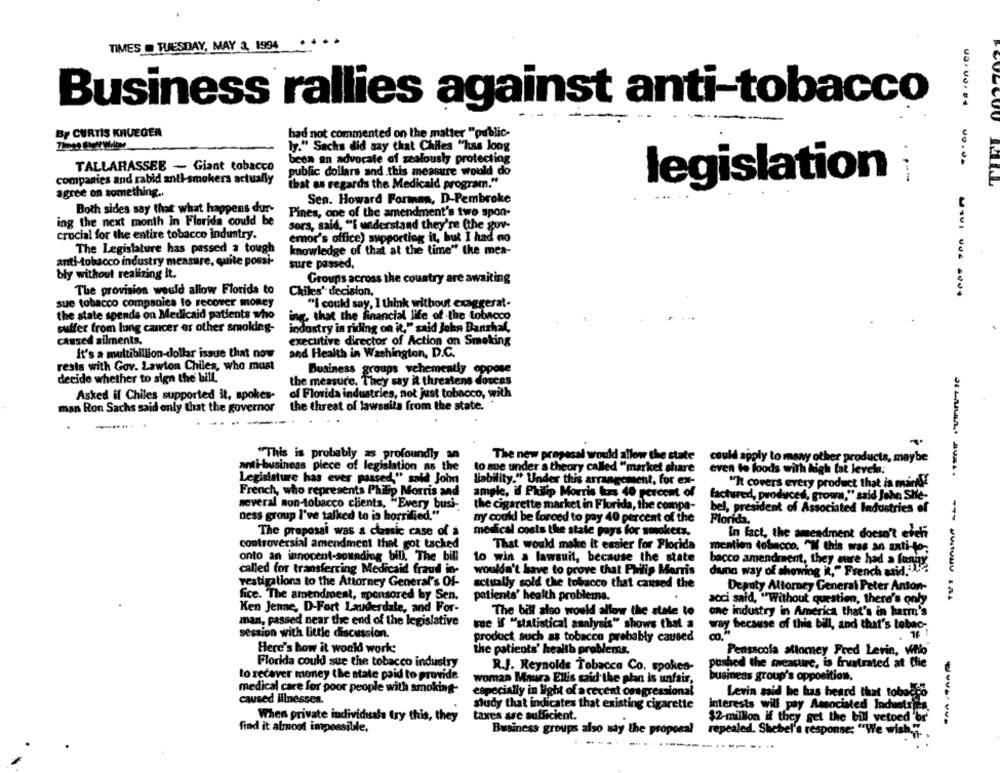
TIMES @ TUESDAY, MAY 3, 1994
Business rallies against anti-tobacco
By CURTIS KRUEGER
had not commented on the matter "public-
ly." Sachs did say that Chiles "has long
been an advocate of zealoushy protecting
TALLAHASSEE - Giant tobacco
companies and rabid anti-smokers actually
public dollars and.this measure would do
that as regards the Medicald program."
legislation
agree on something ..
BOULCOU MEAL
Sen. Howard Forman, D-Pembroke
Both sides say that what happens dur-
Pines, one of the amendment's two spon-
ing the next month in Florida could be
Sors, said, "I understand they're (the guv-
crucial for the entire tobacco industry.
emor's office) supporting it, but I had no
The Legislature has passed a tough
knowledge of that at the time" the mea-
anti-tobacco industry measure, quite possi-
sure passed,
bly without realizing it.
Groups across the country are awaiting
The provision would allow Florida to
Chiles' decision,
US ...... ..... .... ... ....
sue tobacco companies to recover money
"I could say, I think without exaggerat-
the state spends on Medicaid patients who
ing, that the financial life of the tobacco
suffer from lung cancer or other smoking-
industry is riding on it," said John Banzhal,
caused ailments.
executive director of Action on Smoking
It's a multibillion dollar issue that now
and Health in Washington, D.C.
rests with Gov. Lawton Chiles, who must
Business groups vehemently oppose
decide whether to sign the bill.
the measure, They say it threatens dorens
of Florida industries, not just tobacco, with
Asked il Chiles supported it, spokes-
man Ron Sachs said only that the governor
the threat of lawsuita from the state.
"This is probably as profoundly an
The new prapesal would allow the state
could apply to many other products, maybe
anti-business piece of legislation as the
to sue under a theory called "market share
even to loods with high fat levels:
Legislature has ever passed," said John
liability." Under this arrangement, for ex-
"It covers every product that is mir!
French, who represents Philip Morris and
ample, if Philip Morris kas 40 percent of
factured, produced, grown," said John SHe-
several non-tobacco clients, "Every busi-
the cigarette market in Florida, the compa-
bel, president of Associated Industries of
Dess group I've talked to is horrified."
ny could be forced to pay 40 percent of the
Florida,
The proposal was a classic case of a
medical costs the state pays for smokers.
In fact, the amendment doesn't efeh
controversial amendment that got tacked
That would make it easier for Florida
mention tobacco. "N this was an anti-to;
to win a lawsuit, because the state
onto an innocent-sounding bil), The bill
bacco amendment, they sure had a fanin;
called for transferring Medicaid fraud in-
wouldn't have to prove that Philip Morris
duna way of showing it," French and .-...
vestigations to the Attorney General's Of-
actually sold the tobacco that caused the
Deanty Attorney General Peter Anton-
patients' health problems.
fice. The amendment, sponsored by Sen.
acci said, "Without question, there's only
Ken Jenne, D-Fort Lauderdale, and For-
The bill also would allow the state to
one industry in America that's in harm's
man, passed near the end of the legislative
tue if "statistical analysis" shows that a
way because of this bill, and that's tobac-
session with little discussion.
product such as tobacco probably caused
Here's how it would work;
the patients' health problems.
Pensacola allomey Fred Lerin, Mio
Florida could sue the tobacco industry
pushed the measure, is frustrated at Chie
R.J. Reynolds Tobacco Co. spokes-
to recover money the state paid to provide
woman Maura Ellis said the plan is unfair,
business group's opposition.
medical care for poor people with smoking-
especially in light of a recent congressional
Levin said he has heard that tobacco
caused illnesses.
study that indicates that existing cigarette
Interests will pay Associated Induets
When private individuals try this, they
taxes are sufficient.
$2-million if they get the bill vetoed br
find it almost impossible.
Business groups also say the proposal
repealed. Shebel's response: "We wish.
....